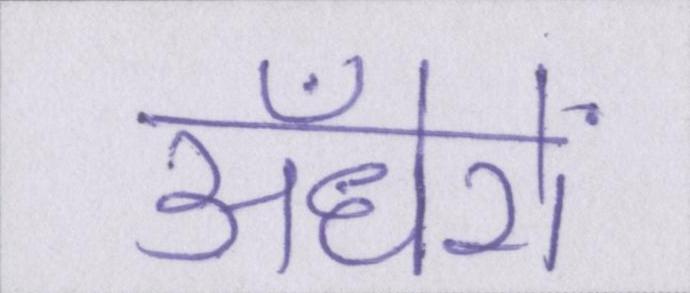
अँधेरों